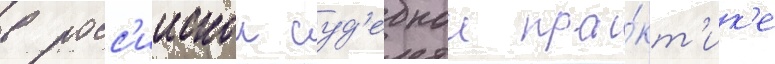
в росс'иискои суд'ебнои пра́кт'ик'е